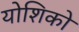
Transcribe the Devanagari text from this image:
योशिको